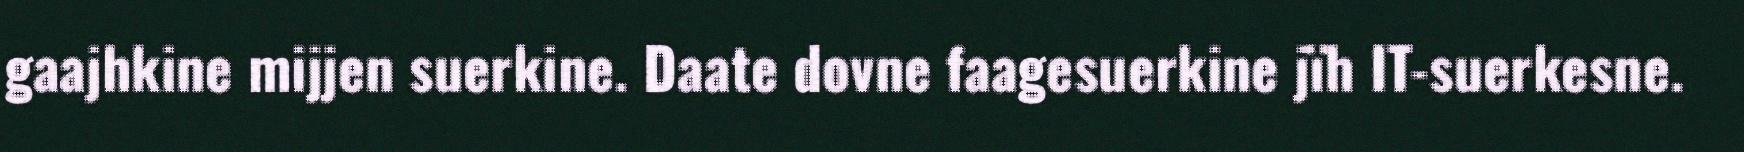
gaajhkine mijjen suerkine. Daate dovne faagesuerkine jïh IT-suerkesne.